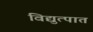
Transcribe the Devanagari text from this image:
विद्युत्पात